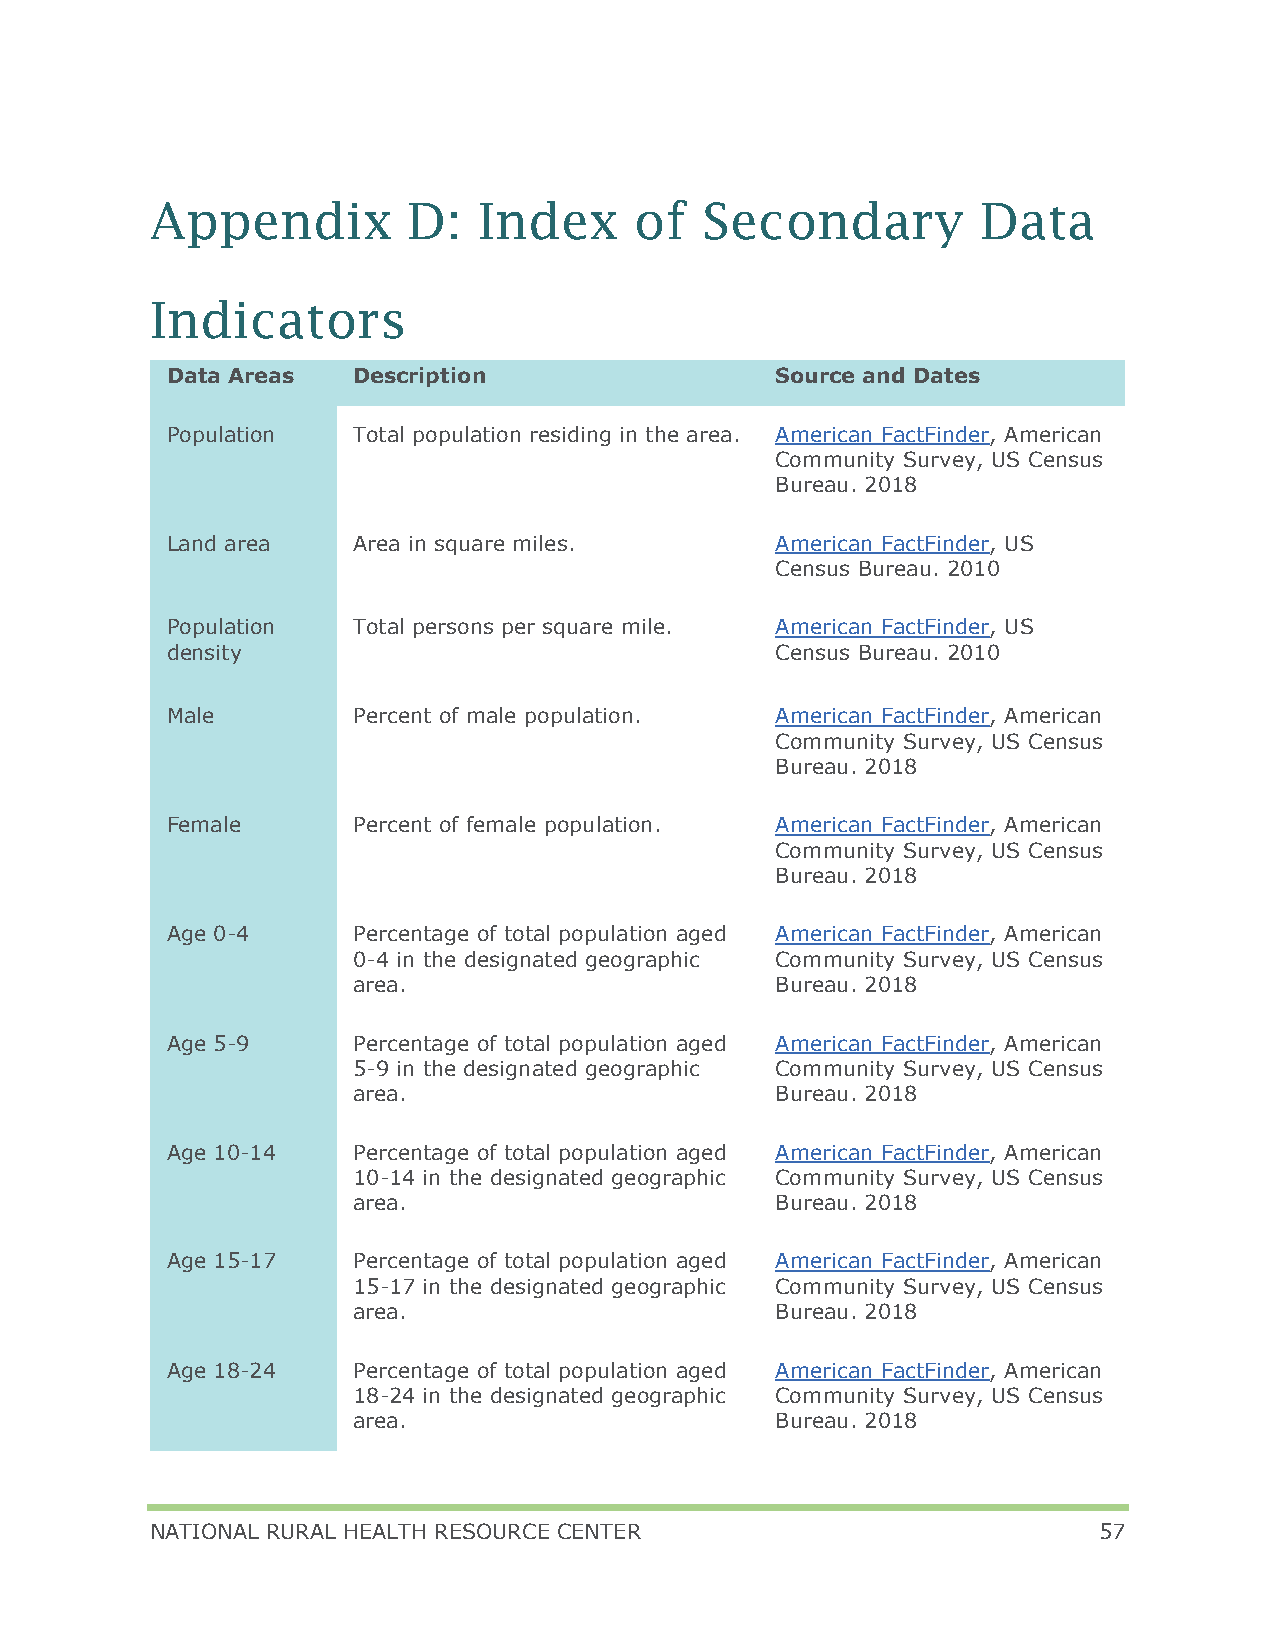
Appendix         D:   Index     of   Secondary         Data
 Indicators
 Data Areas  Description                 Source and Dates
 Population  Total population residing in the area. American FactFinder, American
 Community Survey, US Census
 Bureau. 2018
 Land area   Area in square miles.       American FactFinder, US
 Census Bureau. 2010
 Population  Total persons per square mile. American FactFinder, US
 density                                 Census Bureau. 2010
 Male        Percent of male population. American FactFinder, American
 Community Survey, US Census
 Bureau. 2018
 Female      Percent of female population. American FactFinder, American
 Community Survey, US Census
 Bureau. 2018
 Age 0-4     Percentage of total population aged American FactFinder, American
 0-4 in the designated geographic Community Survey, US Census
 area.                       Bureau. 2018
 Age 5-9     Percentage of total population aged American FactFinder, American
 5-9 in the designated geographic Community Survey, US Census
 area.                       Bureau. 2018
 Age 10-14   Percentage of total population aged American FactFinder, American
 10-14 in the designated geographic Community Survey, US Census
 area.                       Bureau. 2018
 Age 15-17   Percentage of total population aged American FactFinder, American
 15-17 in the designated geographic Community Survey, US Census
 area.                       Bureau. 2018
 Age 18-24   Percentage of total population aged American FactFinder, American
 18-24 in the designated geographic Community Survey, US Census
 area.                       Bureau. 2018
 NATIONAL RURAL HEALTH RESOURCE CENTER                          57